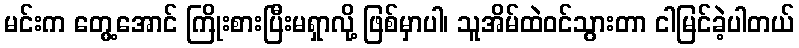
မင်းက တွေ့အောင် ကြိုးစားပြီးမရှာလို့ ဖြစ်မှာပါ၊ သူအိမ်ထဲဝင်သွားတာ ငါမြင်ခဲ့ပါတယ်